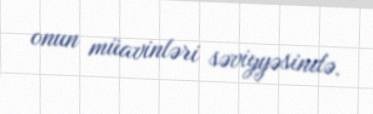
onun müavinləri səviyyəsində.